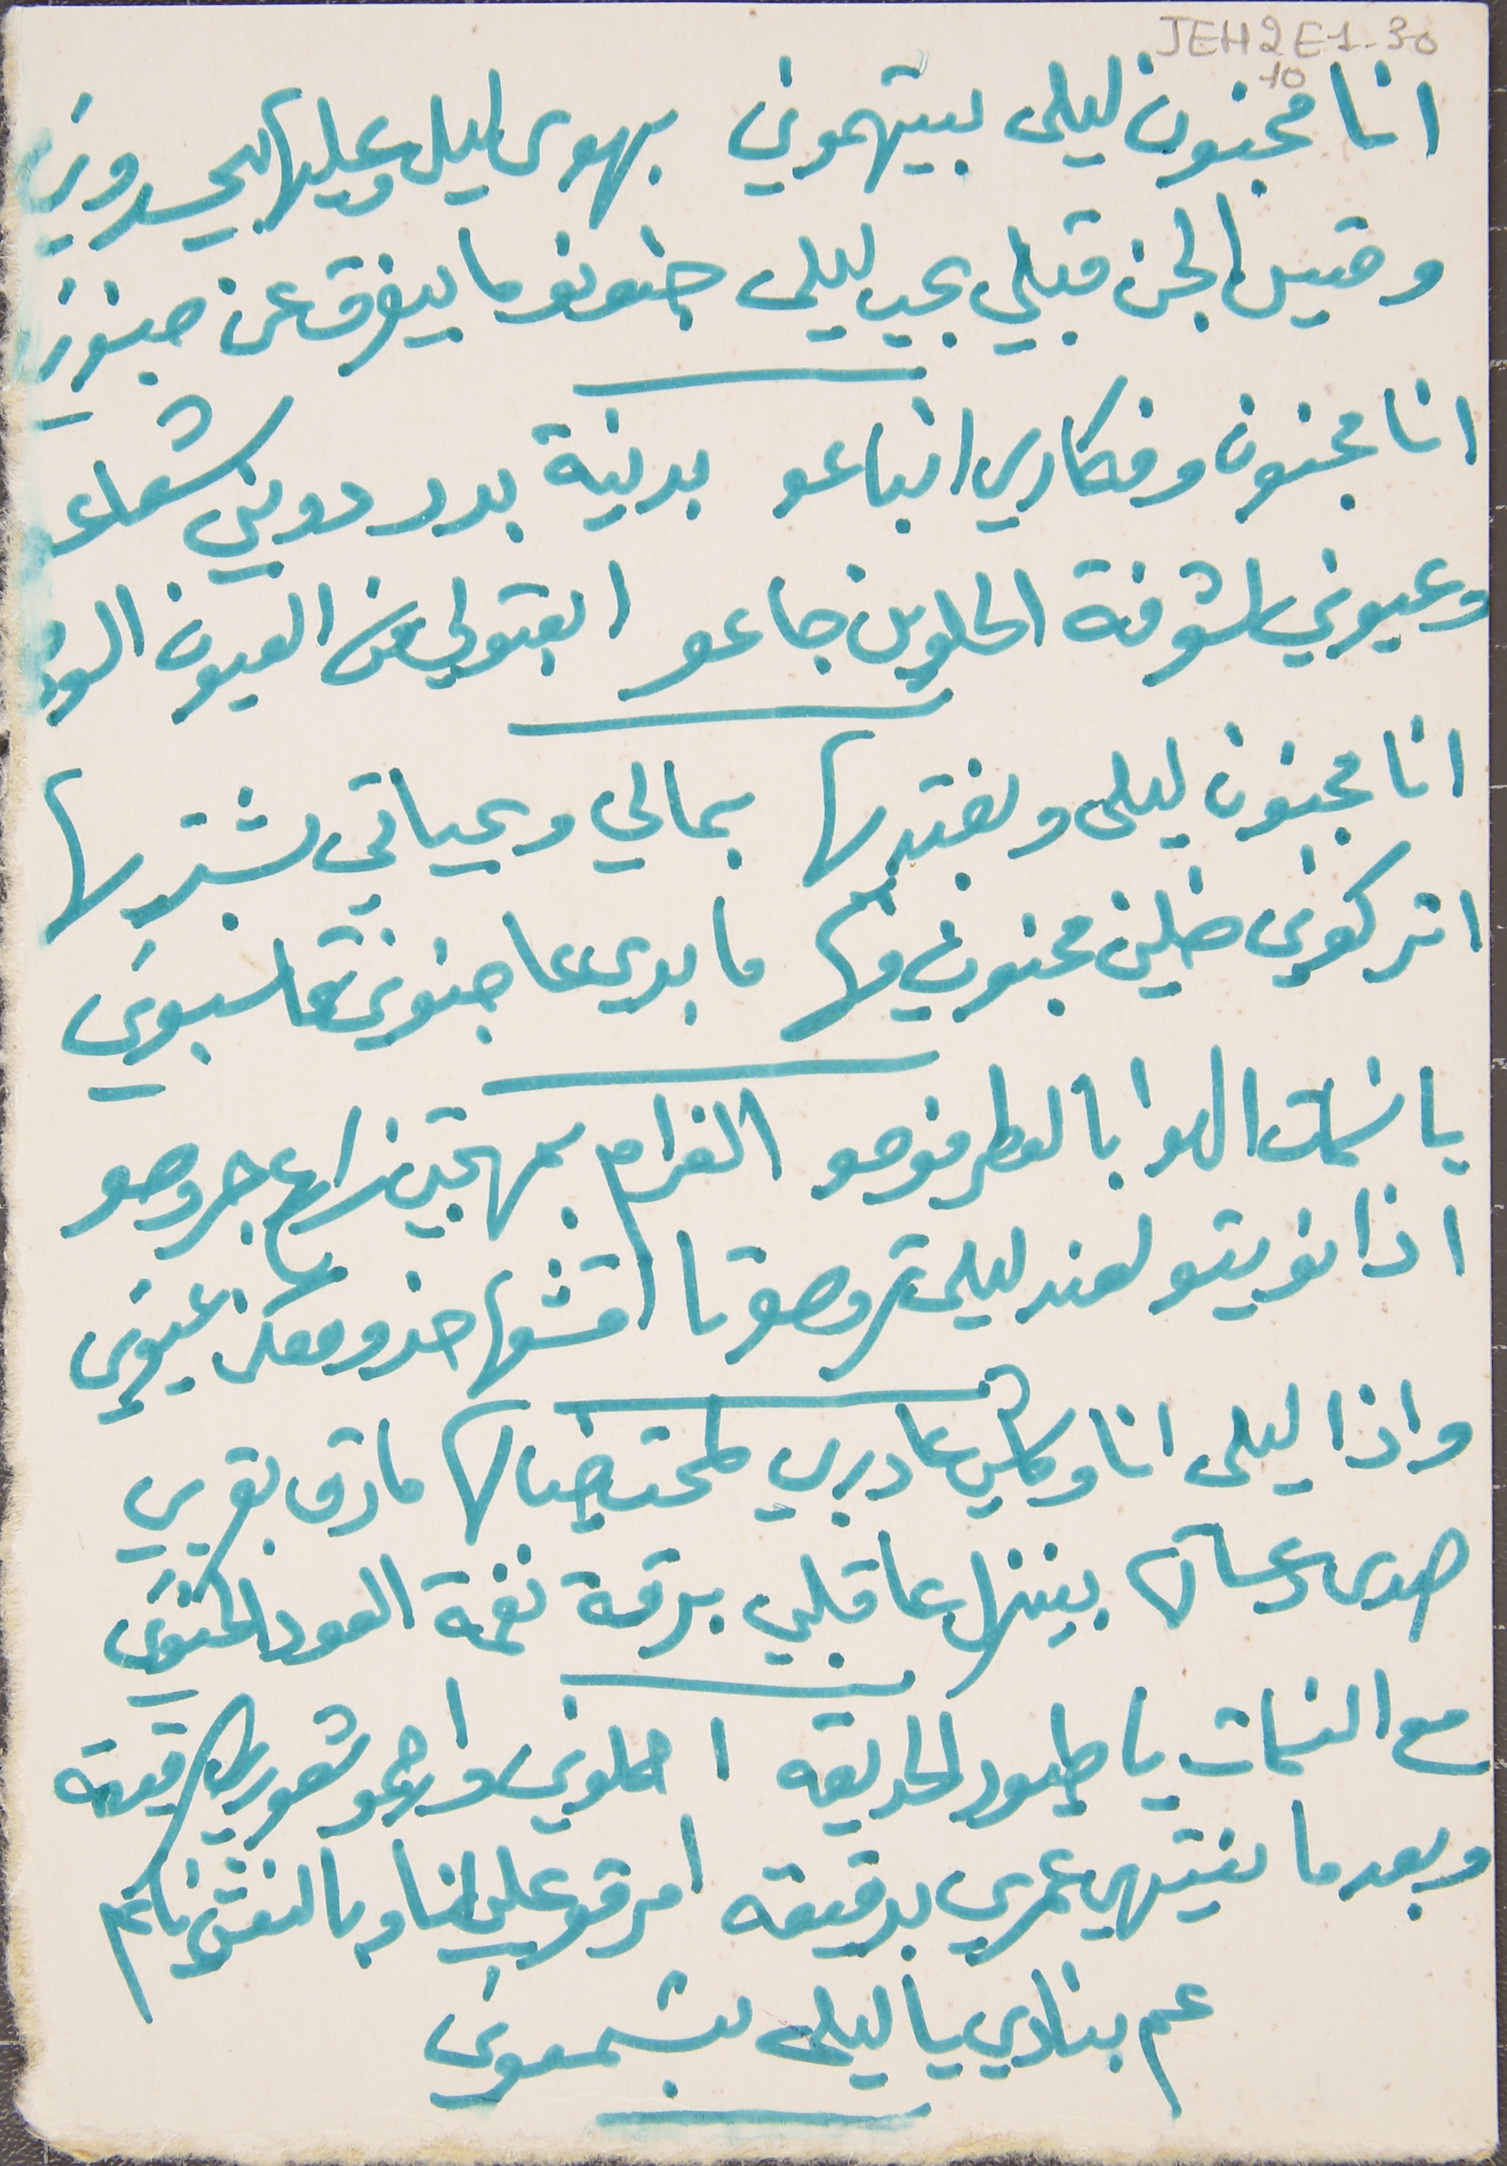
انا مجنون ليلى بيتهموني   بهوى ليلى وعليها بيحسدوني
وقيس الجن قبلي بحب ليلى   جنونو ما بيفرق عن جنوني
انا مجنون وفكاري انباعو   بدنية بدر دوني شعاعو
وعيوني لشوفة الحلوين جاعو   ابعتولي من العيون الومى
انا مجنون ليلى وبفتديها   بمالي وبحياتي بشتريها
اتركوني ضلني مجنون فيها   ما بدي عا جنوني تحاسبوني
يا نسمات الهوا بالعطر فوحو   الغرام بمهجتي زارع جروحو
اذا نويتو لعند ليلى تروحو تا اقشعها خدو معكن عيوني
واذا ليلى انا وكاسي عا دربي لمحت خيالها مارق بقربي
صدى دعساتها بينزل عا قلبي برقة نغمة العود الحنوني
مع النسمات يا طيور الحديقه   احملوني وارحمو شعوري الرقيقه
وبعدما ينتهي عمري بدقيقه   امرقو عليي انا وبالنعش نايم
عم بنادي يا ليلى بتسمعوني
JEH2E1-3010